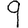
Digit: 9